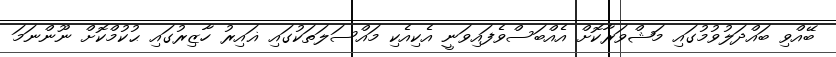
ބޭއްވި ބައްދަލުވުމުގައި މަޝްވަރާކޮށް އެއްބަސްވެފައިވަނީ އެކިއެކި މައްސަލަތަކުގައި ޣައިރު ހާޒިރުގައި ޙުކުމްކޮށް ނޫންނަމަ